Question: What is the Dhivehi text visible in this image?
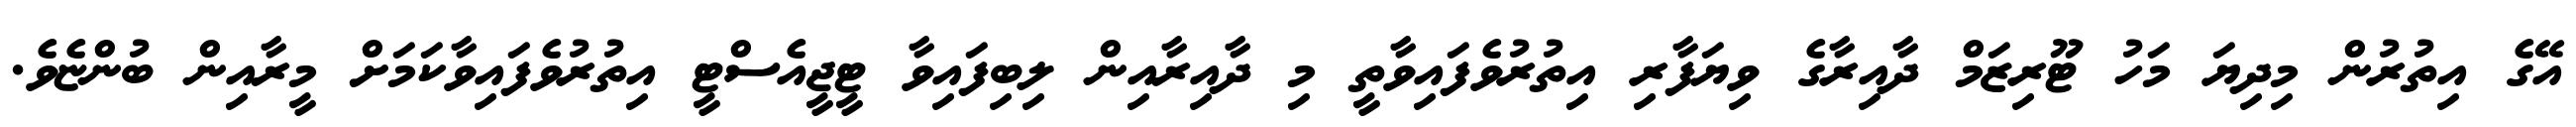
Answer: އޭގެ އިތުރުން މިދިޔަ މަހު ޓޫރިޒަމް ދާއިރާގެ ވިޔަފާރި އިތުރުވެފައިވާތީ މި ދާއިރާއިން ލިބިފައިވާ ޓީޖީއެސްޓީ އިތުރުވެފައިވާކަމަށް މީރާއިން ބުންޏެވެ.